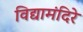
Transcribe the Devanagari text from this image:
विद्यामंदिरे